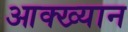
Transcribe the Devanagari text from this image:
आक्ख्यान